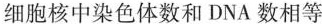
细胞核中染色体数和DNA数相等